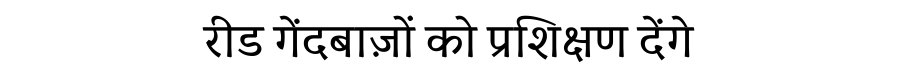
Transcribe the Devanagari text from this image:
रीड गेंदबाज़ों को प्रशिक्षण देंगे